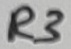
Text: R3